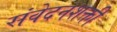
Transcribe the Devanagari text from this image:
संवेदनशक्ती